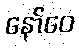
နော်ဝေ